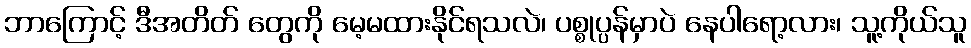
ဘာကြောင့် ဒီအတိတ် တွေကို မေ့မထားနိုင်ရသလဲ၊ ပစ္စုပ္ပန်မှာပဲ နေပါရော့လား၊ သူ့ကိုယ်သူ